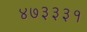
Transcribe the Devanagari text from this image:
४७३३३१